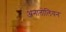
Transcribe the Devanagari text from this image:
अनातोलियन